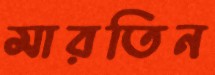
মারতিন